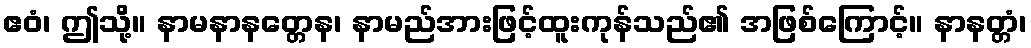
ဧဝံ၊ ဤသို့။ နာမနာနတ္တေန၊ နာမည်အားဖြင့်ထူးကုန်သည်၏ အဖြစ်ကြောင့်။ နာနတ္တံ၊